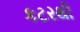
કટરથી